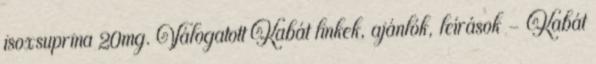
isoxsuprina 20mg. Válogatott Kabát linkek, ajánlók, leírások - Kabát